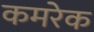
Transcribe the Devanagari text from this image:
कमरेक